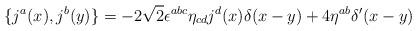
LaTeX: \begin{align*}\{j^{a}(x),j^{b}(y)\}=-2\sqrt{2}{\epsilon}^{abc}{\eta}_{cd}j^{d}(x){\delta}(x-y)+4{\eta}^{ab}{\delta}^{\prime}(x-y)\end{align*}